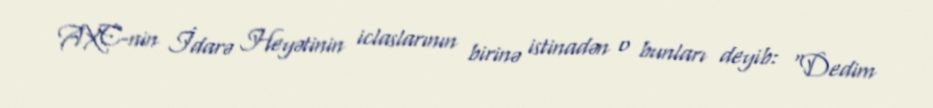
AXC-nin İdarə Heyətinin iclaslarının birinə istinadən o bunları deyib: “Dedim